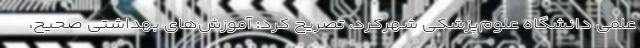
علمی دانشگاه علوم‌پزشکی شهرکرد، تصریح کرد: آموزش‌های بهداشتی صحیح،